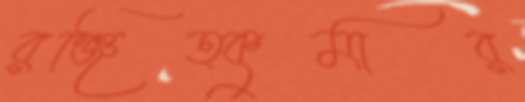
রঞ্জিত্কুমার